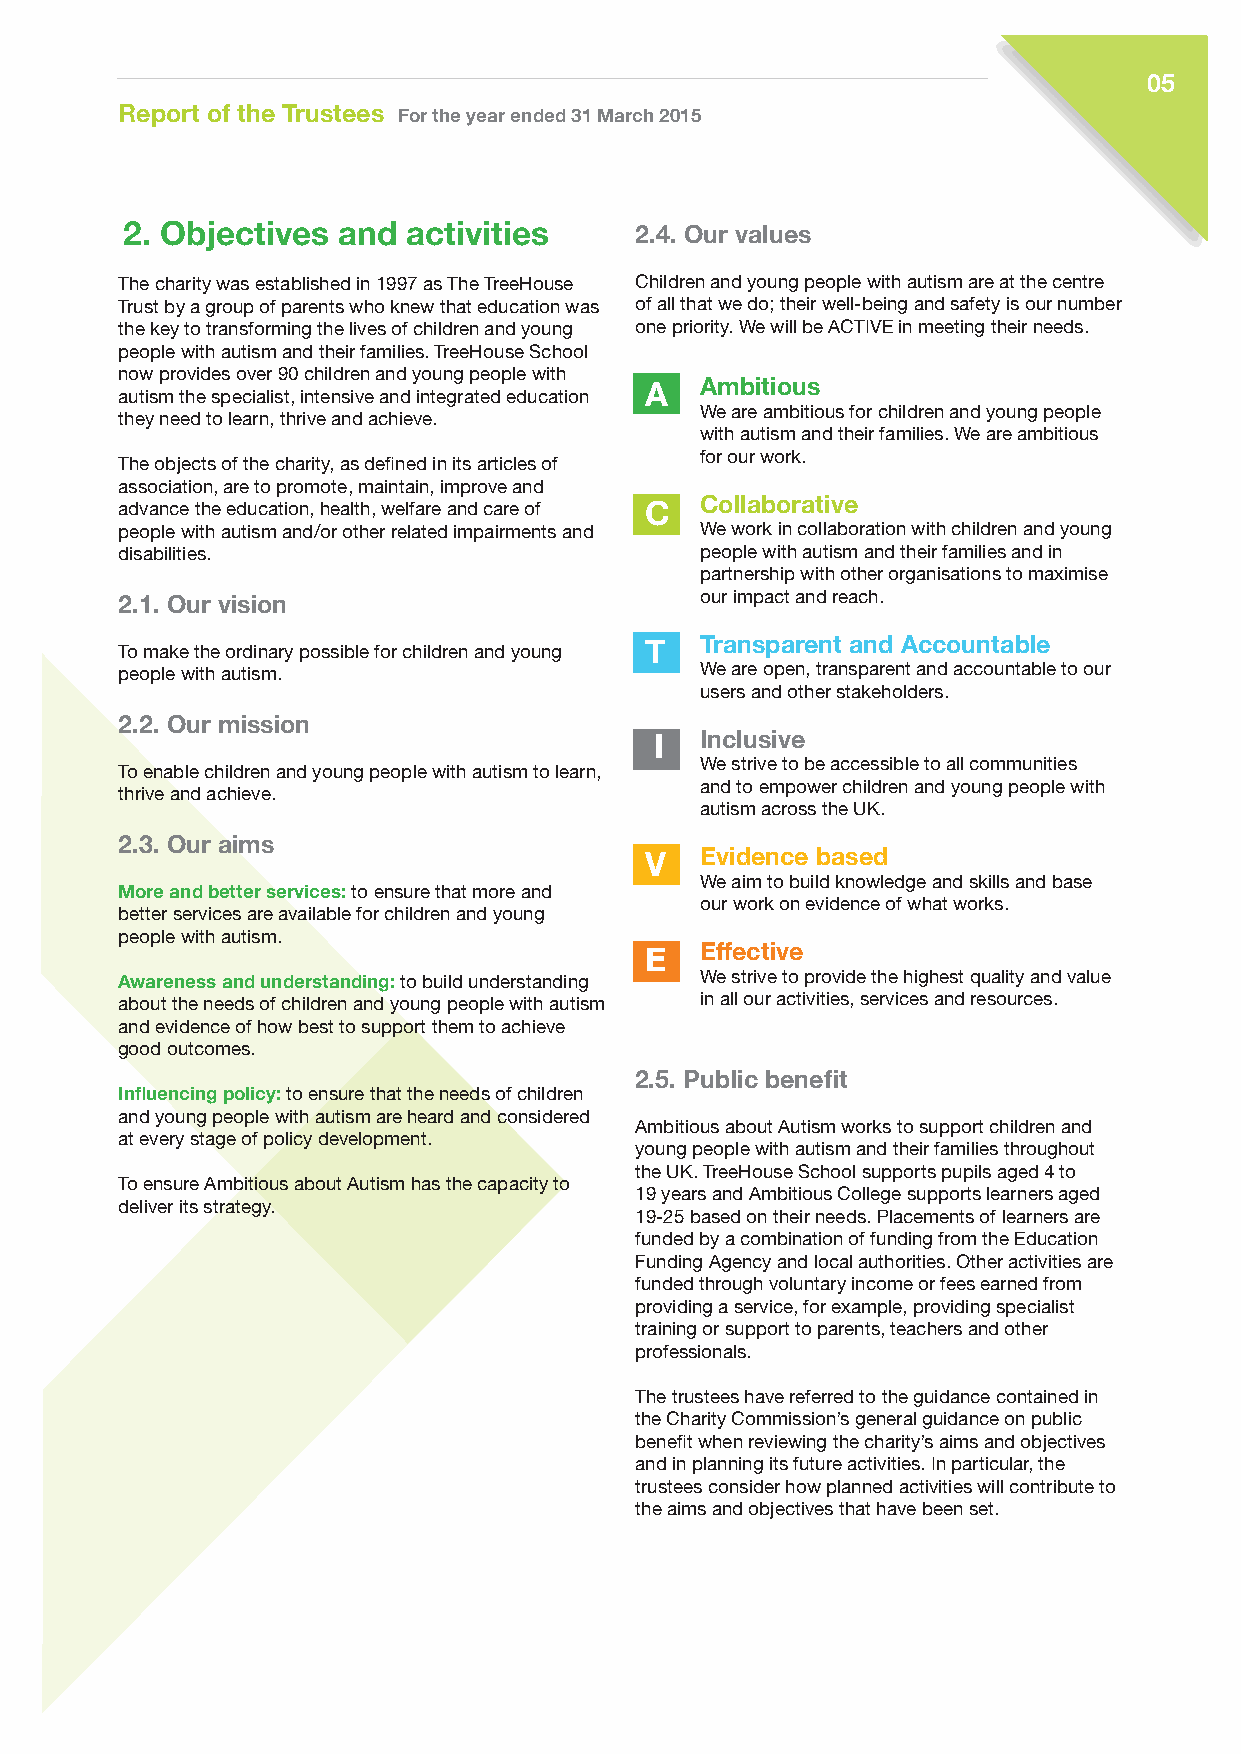
05
 Report of the Trustees For the year ended 31 March 2015
 2. Objectives and  activities     2.4. Our values
 The charity was established in 1997 as The TreeHouse Children and young people with autism are at the centre
 Trust by a group of parents who knew that education was of all that we do; their well-being and safety is our number
 the key to transforming the lives of children and young one priority. We will be ACTIVE in meeting their needs.
 people with autism and their families. TreeHouse School
 now provides over 90 children and young people with
 autism the specialist, intensive and integrated education A Ambitious
 We are ambitious for children and young people
 they need to learn, thrive and achieve.
 with autism and their families. We are ambitious
 for our work.
 The objects of the charity, as defined in its articles of
 association, are to promote, maintain, improve and
 advance the education, health, welfare and care of C Collaborative
 people with autism and/or other related impairments and We work in collaboration with children and young
 disabilities.                         people with autism and their families and in
 partnership with other organisations to maximise
 our impact and reach.
 2.1. Our vision
 To make the ordinary possible for children and young T Transparent and Accountable
 people with autism.                   We are open, transparent and accountable to our
 users and other stakeholders.
 2.2. Our mission
 I  Inclusive
 We strive to be accessible to all communities
 To enable children and young people with autism to learn,
 and to empower children and young people with
 thrive and achieve.
 autism across the UK.
 2.3. Our aims
 V  Evidence based
 We aim to build knowledge and skills and base
 More and better services: to ensure that more and
 our work on evidence of what works.
 better services are available for children and young
 people with autism.
 E  Effective
 Awareness and understanding: to build understanding We strive to provide the highest quality and value
 about the needs of children and young people with autism in all our activities, services and resources.
 and evidence of how best to support them to achieve
 good outcomes.
 2.5. Public benefit
 Influencing policy: to ensure that the needs of children
 and young people with autism are heard and considered
 Ambitious about Autism works to support children and
 at every stage of policy development.
 young people with autism and their families throughout
 the UK. TreeHouse School supports pupils aged 4 to
 To ensure Ambitious about Autism has the capacity to
 19 years and Ambitious College supports learners aged
 deliver its strategy.
 19-25 based on their needs. Placements of learners are
 funded by a combination of funding from the Education
 Funding Agency and local authorities. Other activities are
 funded through voluntary income or fees earned from
 providing a service, for example, providing specialist
 training or support to parents, teachers and other
 professionals.
 The trustees have referred to the guidance contained in
 the Charity Commission’s general guidance on public
 benefit when reviewing the charity’s aims and objectives
 and in planning its future activities. In particular, the
 trustees consider how planned activities will contribute to
 the aims and objectives that have been set.